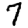
Digit: 7